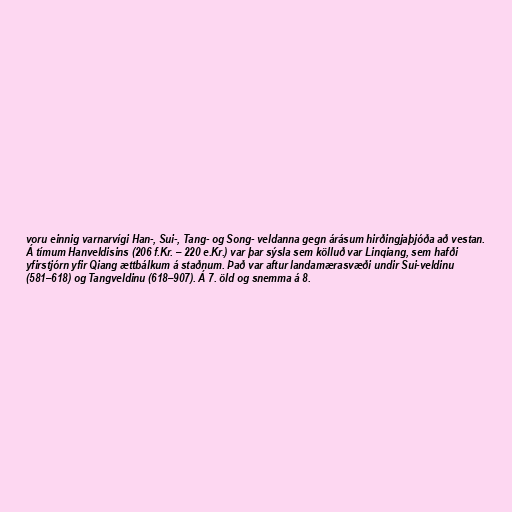
voru einnig varnarvígi Han-, Sui-, Tang- og Song- veldanna gegn árásum hirðingjaþjóða að vestan.
Á tímum Hanveldisins (206 f.Kr. – 220 e.Kr.) var þar sýsla sem kölluð var Linqiang, sem hafði
yfirstjórn yfir Qiang ættbálkum á staðnum. Það var aftur landamærasvæði undir Sui-veldinu
(581–618) og Tangveldinu (618–907). Á 7. öld og snemma á 8.